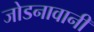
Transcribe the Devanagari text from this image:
जोडनावानी